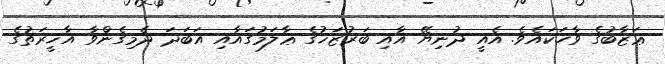
ޢަޒާބުގެ ވާހަކައެވެ. އެއީ ދުނިޔޭ އާއި ބަރުޒަޚުގެ ޢާލަމުގައާއި އަބަދަ ދެމިގެންވާ އާޚީރަތުގެ